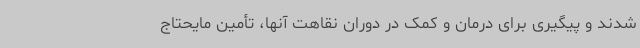
شدند و پیگیری برای درمان و کمک در دوران نقاهت آنها، تأمین مایحتاج